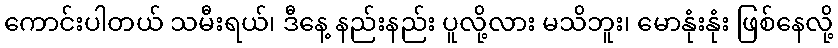
ကောင်းပါတယ် သမီးရယ်၊ ဒီနေ့ နည်းနည်း ပူလို့လား မသိဘူး၊ မောနုံးနုံး ဖြစ်နေလို့